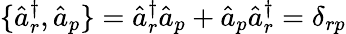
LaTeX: \{ \hat{a}_{r}^{\dagger},\hat{a}_{p}\} =\hat{a}_{r}^{\dagger}\hat{a}_{p}+\hat{a}_{p}\hat{a}_{r}^{\dagger}=\delta_{rp}